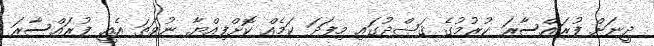
ދީނަށް ފުރައްސާރަ ކުރުމުގެ ޤަޞްދުގައި މިފަދަ ކަމެއް ކޮށްފިއްޔާ ނުވަތަ އެއީ ފުރައްސާރަ